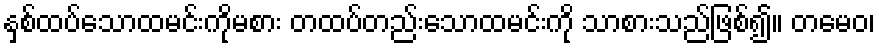
နှစ်ထပ်သောထမင်းကိုမစား တထပ်တည်းသောထမင်းကို သာစားသည်ဖြစ်၍။ တမေဝ၊